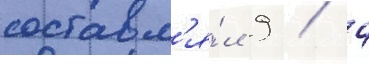
составл'я́л 9 / 4